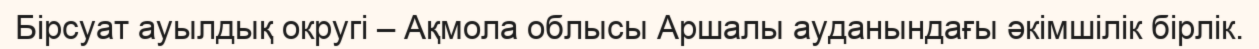
Бірсуат ауылдық округі – Ақмола облысы Аршалы ауданындағы әкімшілік бірлік.